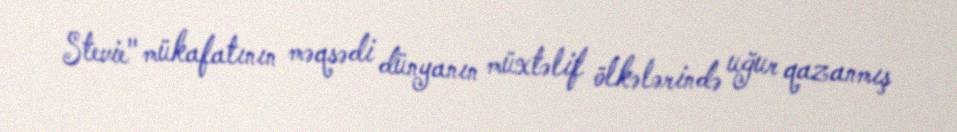
Stevie" mükafatının məqsədi dünyanın müxtəlif ölkələrində uğur qazanmış